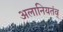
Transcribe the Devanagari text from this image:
अलानियतंव्